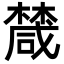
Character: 𣜕